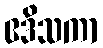
ဧဒိသကာ